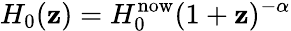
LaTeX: H_{0}(\mathbf{z})=H_{0}^{\mathrm{{now}}}(1+\mathbf{z})^{-\alpha}